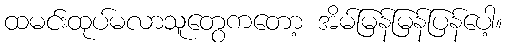
ထမင်းထုပ်မလာသူတွေကတော့ အိမ်မြန်မြန်ပြန်ပေါ့။